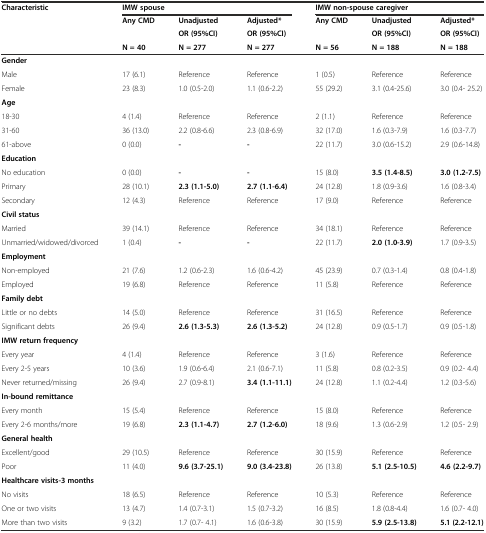
<table><thead><tr><td><b>Characteristic</b></td><td colspan="3"><b>IMW spouse</b></td><td colspan="3"><b>IMW non-spouse caregiver</b></td></tr><tr><td></td><td><b>Any CMD</b></td><td><b>Unadjusted</b></td><td><b>Adjusted*</b></td><td><b>Any CMD</b></td><td><b>Unadjusted</b></td><td><b>Adjusted*</b></td></tr><tr><td></td><td></td><td><b>OR (95%CI)</b></td><td><b>OR (95%CI)</b></td><td></td><td><b>OR (95%CI)</b></td><td><b>OR (95%CI)</b></td></tr><tr><td></td><td><b>N = 40</b></td><td><b>N = 277</b></td><td><b>N = 277</b></td><td><b>N = 56</b></td><td><b>N = 188</b></td><td><b>N = 188</b></td></tr></thead><tbody><tr><td><b>Gender</b></td><td></td><td></td><td></td><td></td><td></td><td></td></tr><tr><td>Male</td><td>17 (6.1)</td><td>Reference</td><td>Reference</td><td>1 (0.5)</td><td>Reference</td><td>Reference</td></tr><tr><td>Female</td><td>23 (8.3)</td><td>1.0 (0.5-2.0)</td><td>1.1 (0.6-2.2)</td><td>55 (29.2)</td><td>3.1 (0.4-25.6)</td><td>3.0 (0.4- 25.2)</td></tr><tr><td><b>Age</b></td><td></td><td></td><td></td><td></td><td></td><td></td></tr><tr><td>18-30</td><td>4 (1.4)</td><td>Reference</td><td>Reference</td><td>2 (1.1)</td><td>Reference</td><td>Reference</td></tr><tr><td>31-60</td><td>36 (13.0)</td><td>2.2 (0.8-6.6)</td><td>2.3 (0.8-6.9)</td><td>32 (17.0)</td><td>1.6 (0.3-7.9)</td><td>1.6 (0.3-7.7)</td></tr><tr><td>61-above</td><td>0 (0.0)</td><td><b>-</b></td><td><b>-</b></td><td>22 (11.7)</td><td>3.0 (0.6-15.2)</td><td>2.9 (0.6-14.8)</td></tr><tr><td><b>Education</b></td><td></td><td></td><td></td><td></td><td></td><td></td></tr><tr><td>No education</td><td>0 (0.0)</td><td><b>-</b></td><td><b>-</b></td><td>15 (8.0)</td><td><b>3.5 (1.4-8.5)</b></td><td><b>3.0 (1.2-7.5)</b></td></tr><tr><td>Primary</td><td>28 (10.1)</td><td><b>2.3 (1.1-5.0)</b></td><td><b>2.7 (1.1-6.4)</b></td><td>24 (12.8)</td><td>1.8 (0.9-3.6)</td><td>1.6 (0.8-3.4)</td></tr><tr><td>Secondary</td><td>12 (4.3)</td><td>Reference</td><td>Reference</td><td>17 (9.0)</td><td>Reference</td><td>Reference</td></tr><tr><td><b>Civil status</b></td><td></td><td></td><td></td><td></td><td></td><td></td></tr><tr><td>Married</td><td>39 (14.1)</td><td>Reference</td><td>Reference</td><td>34 (18.1)</td><td>Reference</td><td>Reference</td></tr><tr><td>Unmarried/widowed/divorced</td><td>1 (0.4)</td><td><b>-</b></td><td><b>-</b></td><td>22 (11.7)</td><td><b>2.0 (1.0-3.9)</b></td><td>1.7 (0.9-3.5)</td></tr><tr><td><b>Employment</b></td><td></td><td></td><td></td><td></td><td></td><td></td></tr><tr><td>Non-employed</td><td>21 (7.6)</td><td>1.2 (0.6-2.3)</td><td>1.6 (0.6-4.2)</td><td>45 (23.9)</td><td>0.7 (0.3-1.4)</td><td>0.8 (0.4-1.8)</td></tr><tr><td>Employed</td><td>19 (6.8)</td><td>Reference</td><td>Reference</td><td>11 (5.8)</td><td>Reference</td><td>Reference</td></tr><tr><td><b>Family debt</b></td><td></td><td></td><td></td><td></td><td></td><td></td></tr><tr><td>Little or no debts</td><td>14 (5.0)</td><td>Reference</td><td>Reference</td><td>31 (16.5)</td><td>Reference</td><td>Reference</td></tr><tr><td>Significant debts</td><td>26 (9.4)</td><td><b>2.6 (1.3-5.3)</b></td><td><b>2.6 (1.3-5.2)</b></td><td>24 (12.8)</td><td>0.9 (0.5-1.7)</td><td>0.9 (0.5-1.8)</td></tr><tr><td><b>IMW return frequency</b></td><td></td><td></td><td></td><td></td><td></td><td></td></tr><tr><td>Every year</td><td>4 (1.4)</td><td>Reference</td><td>Reference</td><td>3 (1.6)</td><td>Reference</td><td>Reference</td></tr><tr><td>Every 2-5 years</td><td>10 (3.6)</td><td>1.9 (0.6-6.4)</td><td>2.1 (0.6-7.1)</td><td>11 (5.8)</td><td>0.8 (0.2-3.5)</td><td>0.9 (0.2- 4.4)</td></tr><tr><td>Never returned/missing</td><td>26 (9.4)</td><td>2.7 (0.9-8.1)</td><td><b>3.4 (1.1-11.1)</b></td><td>24 (12.8)</td><td>1.1 (0.2-4.4)</td><td>1.2 (0.3-5.6)</td></tr><tr><td><b>In-bound remittance</b></td><td></td><td></td><td></td><td></td><td></td><td></td></tr><tr><td>Every month</td><td>15 (5.4)</td><td>Reference</td><td>Reference</td><td>15 (8.0)</td><td>Reference</td><td>Reference</td></tr><tr><td>Every 2-6 months/more</td><td>19 (6.8)</td><td><b>2.3 (1.1-4.7)</b></td><td><b>2.7 (1.2-6.0)</b></td><td>18 (9.6)</td><td>1.3 (0.6-2.9)</td><td>1.2 (0.5- 2.9)</td></tr><tr><td><b>General health</b></td><td></td><td></td><td></td><td></td><td></td><td></td></tr><tr><td>Excellent/good</td><td>29 (10.5)</td><td>Reference</td><td>Reference</td><td>30 (15.9)</td><td>Reference</td><td>Reference</td></tr><tr><td>Poor</td><td>11 (4.0)</td><td><b>9.6 (3.7-25.1)</b></td><td><b>9.0 (3.4-23.8)</b></td><td>26 (13.8)</td><td><b>5.1 (2.5-10.5)</b></td><td><b>4.6 (2.2-9.7)</b></td></tr><tr><td><b>Healthcare visits-3 months</b></td><td></td><td></td><td></td><td></td><td></td><td></td></tr><tr><td>No visits</td><td>18 (6.5)</td><td>Reference</td><td>Reference</td><td>10 (5.3)</td><td>Reference</td><td>Reference</td></tr><tr><td>One or two visits</td><td>13 (4.7)</td><td>1.4 (0.7-3.1)</td><td>1.5 (0.7-3.2)</td><td>16 (8.5)</td><td>1.8 (0.8-4.4)</td><td>1.6 (0.7- 4.0)</td></tr><tr><td>More than two visits</td><td>9 (3.2)</td><td>1.7 (0.7- 4.1)</td><td>1.6 (0.6-3.8)</td><td>30 (15.9)</td><td><b>5.9 (2.5-13.8)</b></td><td><b>5.1 (2.2-12.1)</b></td></tr></tbody></table>